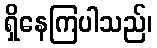
ရှိနေကြပါသည်၊